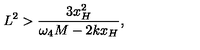
L ^ { 2 } > \frac { 3 x _ { H } ^ { 2 } } { \omega _ { 4 } M - 2 k x _ { H } } ,